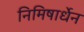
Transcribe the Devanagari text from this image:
निमिषार्धेन